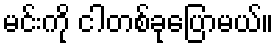
မင်းကို ငါတစ်ခုပြောမယ်။